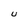
Character: U